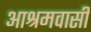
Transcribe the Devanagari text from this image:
आश्रमवासी